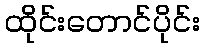
ထိုင်းတောင်ပိုင်း